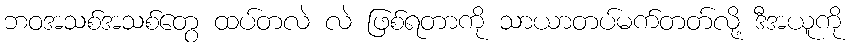
ဘဝအသစ်အသစ်တွေ ထပ်တလဲ လဲ ဖြစ်ရတာကို သာယာတပ်မက်တတ်လို့ ဒီအယူကို